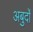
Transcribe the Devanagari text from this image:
अबुर्दों